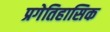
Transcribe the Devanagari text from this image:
प्रगेतिहासिक